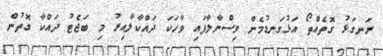
ރަނގަޅު ގޮތެއްތޯ އަޅުގަނޑުމެން ވިސްނާލާފައި ވާހަކަ ދައްކާލާއިރު މި ބަޖެޓު ދައްކާ ގޮތުން